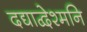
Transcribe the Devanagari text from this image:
दद्याद्वेश्मनि